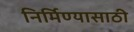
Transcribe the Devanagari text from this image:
निर्मिण्यासाठी